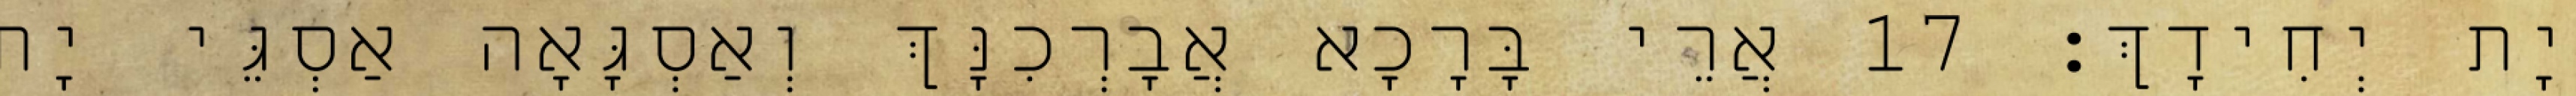
יָת יְחִידָךְ׃ 17 אֲרֵי בָּרָכָא אֲבָרְכִנָּךְ וְאַסְגָּאָה אַסְגֵּי יָת